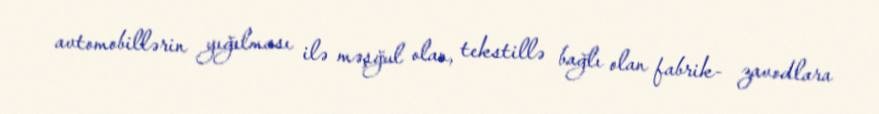
avtomobillərin yığılması ilə məşğul olan, tekstillə bağlı olan fabrik- zavodlara